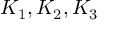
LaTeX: K _ { 1 } , K _ { 2 } , K _ { 3 }